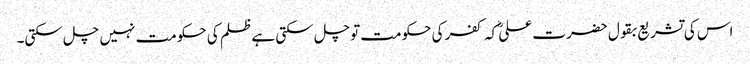
اس کی تشریع بقول حضرت علیؓ کہ کفر کی حکومت توچل سکتی ہے ظلم کی حکومت نہیں چل سکتی۔